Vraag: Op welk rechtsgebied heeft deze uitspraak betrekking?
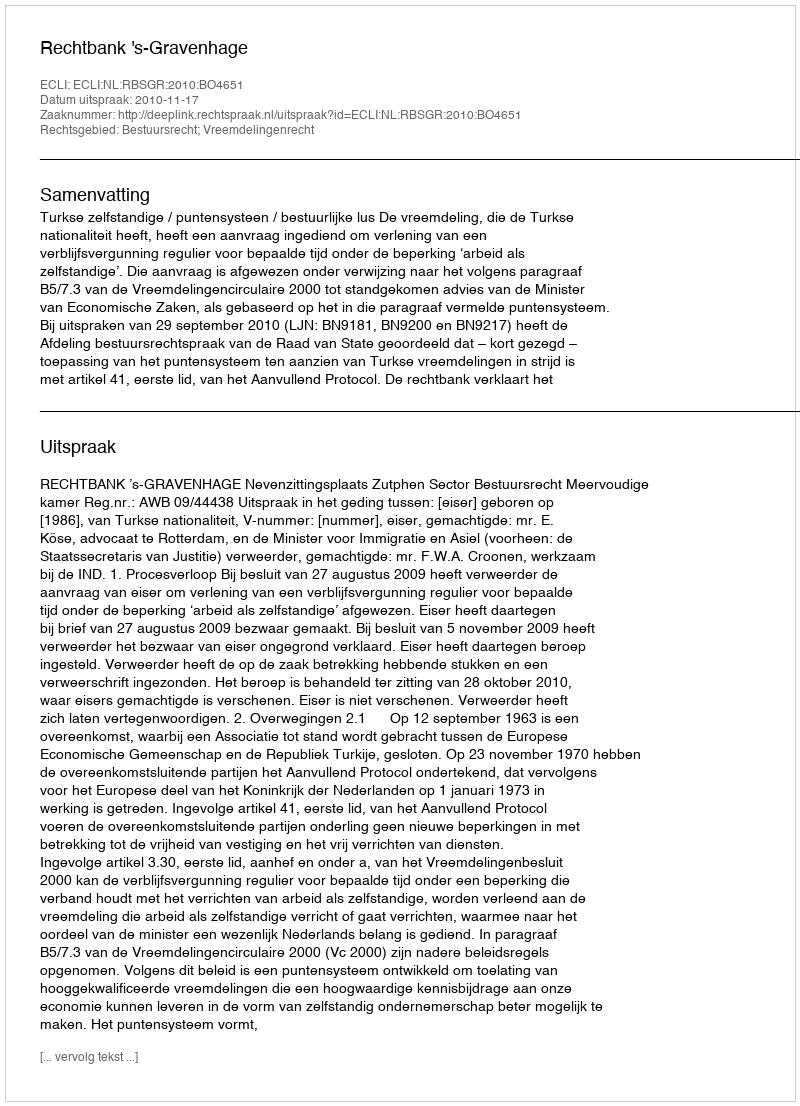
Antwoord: Bestuursrecht; Vreemdelingenrecht